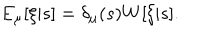
E _ { \mu } [ \xi | s ] = \delta _ { \mu } ( s ) W [ \xi | s ] .